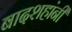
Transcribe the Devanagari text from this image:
बादशहांनी